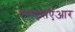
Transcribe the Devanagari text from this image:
एसएसएआर